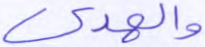
والهدى